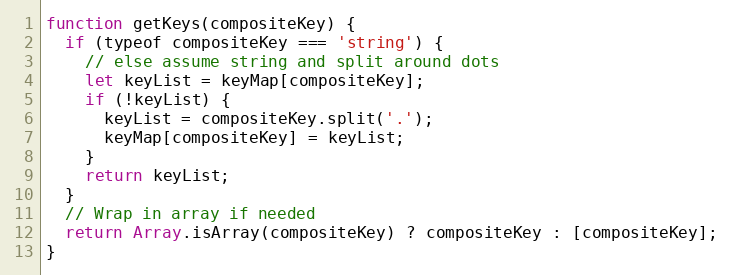
Language: JavaScript
function getKeys(compositeKey) {
  if (typeof compositeKey === 'string') {
    // else assume string and split around dots
    let keyList = keyMap[compositeKey];
    if (!keyList) {
      keyList = compositeKey.split('.');
      keyMap[compositeKey] = keyList;
    }
    return keyList;
  }
  // Wrap in array if needed
  return Array.isArray(compositeKey) ? compositeKey : [compositeKey];
}